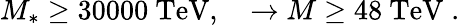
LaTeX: M_{*}\geq 30000\mathrm{\ TeV},\quad\rightarrow M\geq 48\mathrm{\ TeV}\; .